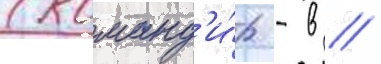
(команд'и́р - в //